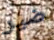
ضير